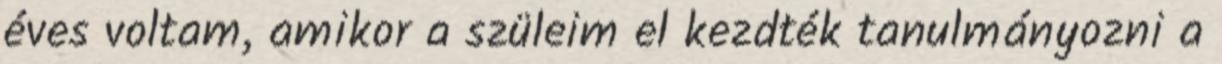
éves voltam, amikor a szüleim el kezdték tanulmányozni a